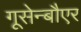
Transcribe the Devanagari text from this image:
गूसेन्बौएर